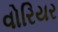
વોરિયર